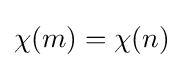
\chi (m)=\chi (n)